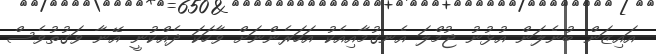
އައިޒަން ބުނެލަން އުޅުނު ޖުމްލަ އެނގުމާއިއެކު އަހަރެންނަށް ވާހަކަ ދެއްކުނީ އޭނާ ވަގުތުވެސް